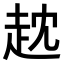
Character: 𧺟